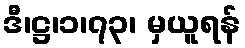
ဒီ၊ဋ္ဌ၊၁၊၇၃၊ မှယူရန်